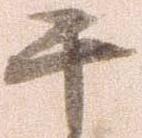
千